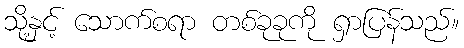
သို့နှင့် သောက်စရာ တစ်ခုခုကို ရှာပြန်သည်။